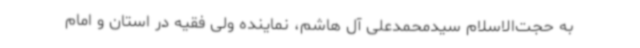
به حجت‌الاسلام سیدمحمدعلی آل هاشم، نماینده ولی فقیه در استان و امام